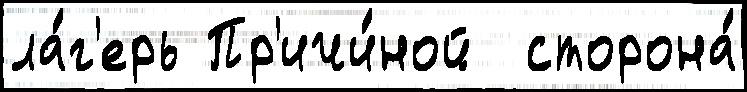
ла́г'ерь Пр'ичи́ной  сторона́